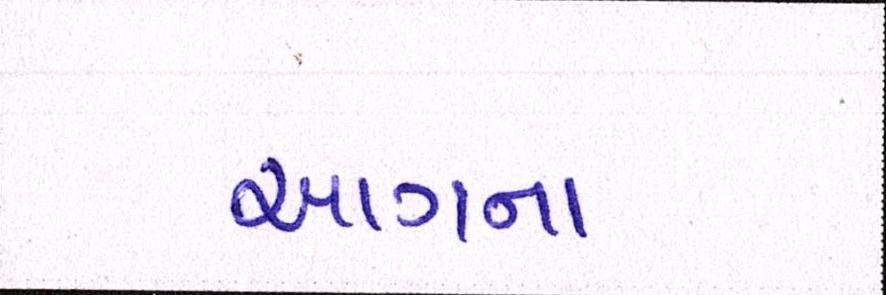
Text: આગના